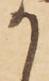
か